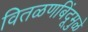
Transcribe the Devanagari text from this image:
वितळणबिंदूमुळे